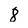
Character: 8